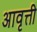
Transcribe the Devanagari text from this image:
अावृत्ती